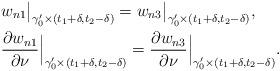
LaTeX: \begin{align*} &w_{n1}\big|_{\gamma_0'\times(t_1+\delta,t_2-\delta)}=w_{n3}\big|_{\gamma_0'\times(t_1+\delta,t_2-\delta)}, \\ &\frac{\partial w_{n1}}{\partial \nu}\Big|_{\gamma_0'\times(t_1+\delta,t_2-\delta)}= \frac{\partial w_{n3}}{\partial \nu}\Big|_{\gamma_0'\times(t_1+\delta,t_2-\delta)}. \end{align*}